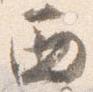
西